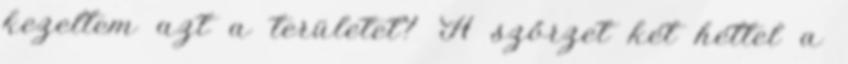
kezeltem azt a területet? A szőrzet két héttel a